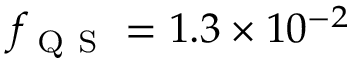
f _ { \mathrm { ~ Q ~ S ~ } } = 1 . 3 \times 1 0 ^ { - 2 }